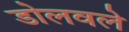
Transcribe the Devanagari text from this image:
डोलवले